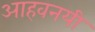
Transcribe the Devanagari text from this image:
आहवनयी